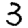
Digit: 3